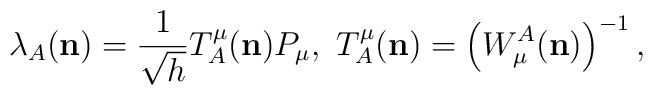
{}\lambda_A ({\bf n}) = \frac{1}{\sqrt{h}} T^\mu_A ({\bf n}) P_\mu,\ T^\mu_A ({\bf n}) = \left( W^A_\mu ({\bf n}) \right)^{-1},